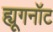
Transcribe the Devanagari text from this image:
ह्यूगनॉट